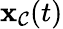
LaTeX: \mathbf{\boldsymbol{x}}_{\mathcal{C}}(t)